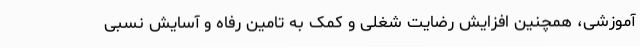
آموزشی، همچنین افزایش رضایت شغلی و کمک به تامین رفاه و آسایش نسبی